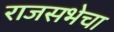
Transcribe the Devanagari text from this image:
राजसभेचा